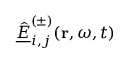
\underline { { \hat { E } } } _ { i , j } ^ { ( \pm ) } ( \mathbf { r } , \omega , t )